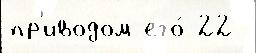
пр'иводом его́ 22